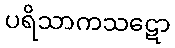
ပရိသာကသဋော